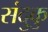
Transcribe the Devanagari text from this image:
संदुकु